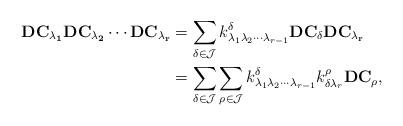
LaTeX: \begin{align*}\bf{DC}_{\lambda_1}\bf{DC}_{\lambda_2}\cdots\bf{DC}_{\lambda_r}&=\sum_{\delta\in \mathcal{J}}k_{\lambda_1\lambda_2\cdots\lambda_{r-1}}^{\delta}\bf{DC}_{\delta}\bf{DC}_{\lambda_r}&\\&=\sum_{\delta\in \mathcal{J}}\sum_{\rho\in \mathcal{J}}k_{\lambda_1\lambda_2\cdots\lambda_{r-1}}^{\delta}k_{\delta\lambda_r}^\rho\bf{DC}_{\rho},\end{align*}